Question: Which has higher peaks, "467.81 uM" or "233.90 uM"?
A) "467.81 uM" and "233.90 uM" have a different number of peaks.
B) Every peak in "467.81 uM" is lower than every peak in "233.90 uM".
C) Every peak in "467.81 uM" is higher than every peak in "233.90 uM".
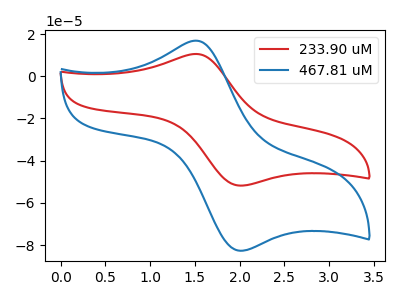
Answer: <think>The red curve "233.90 uM" has an anodic peak at (1.50V, 10.60uA) and a cathodic peak at (2.00V, -51.85uA). The blue curve "467.81 uM" has an anodic peak at (1.50V, 16.90uA) and a cathodic peak at (2.00V, -82.75uA).</think>
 <answer>C) Every peak in "467.81 uM" is higher than every peak in "233.90 uM".</answer>
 <eval>C</eval>